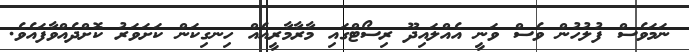
ނަމަވެސް ފުލުހުން ވެސް ވަނީ އެއްލައިދޫ ރިސޯޓްގައި މާރާމާރީއެއް ހިނގިކަން ކަށަވަރު ކޮށްދެއްވާފައެވެ.